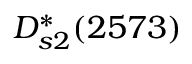
D _ { s 2 } ^ { * } ( 2 5 7 3 )